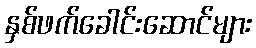
နှစ်ဖက်ခေါင်းဆောင်များ